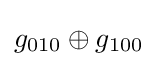
g_{010}\oplus g_{100}